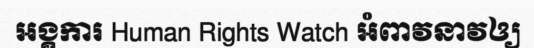
អង្គការ Human Rights Watch អំពាវនាវឲ្យ